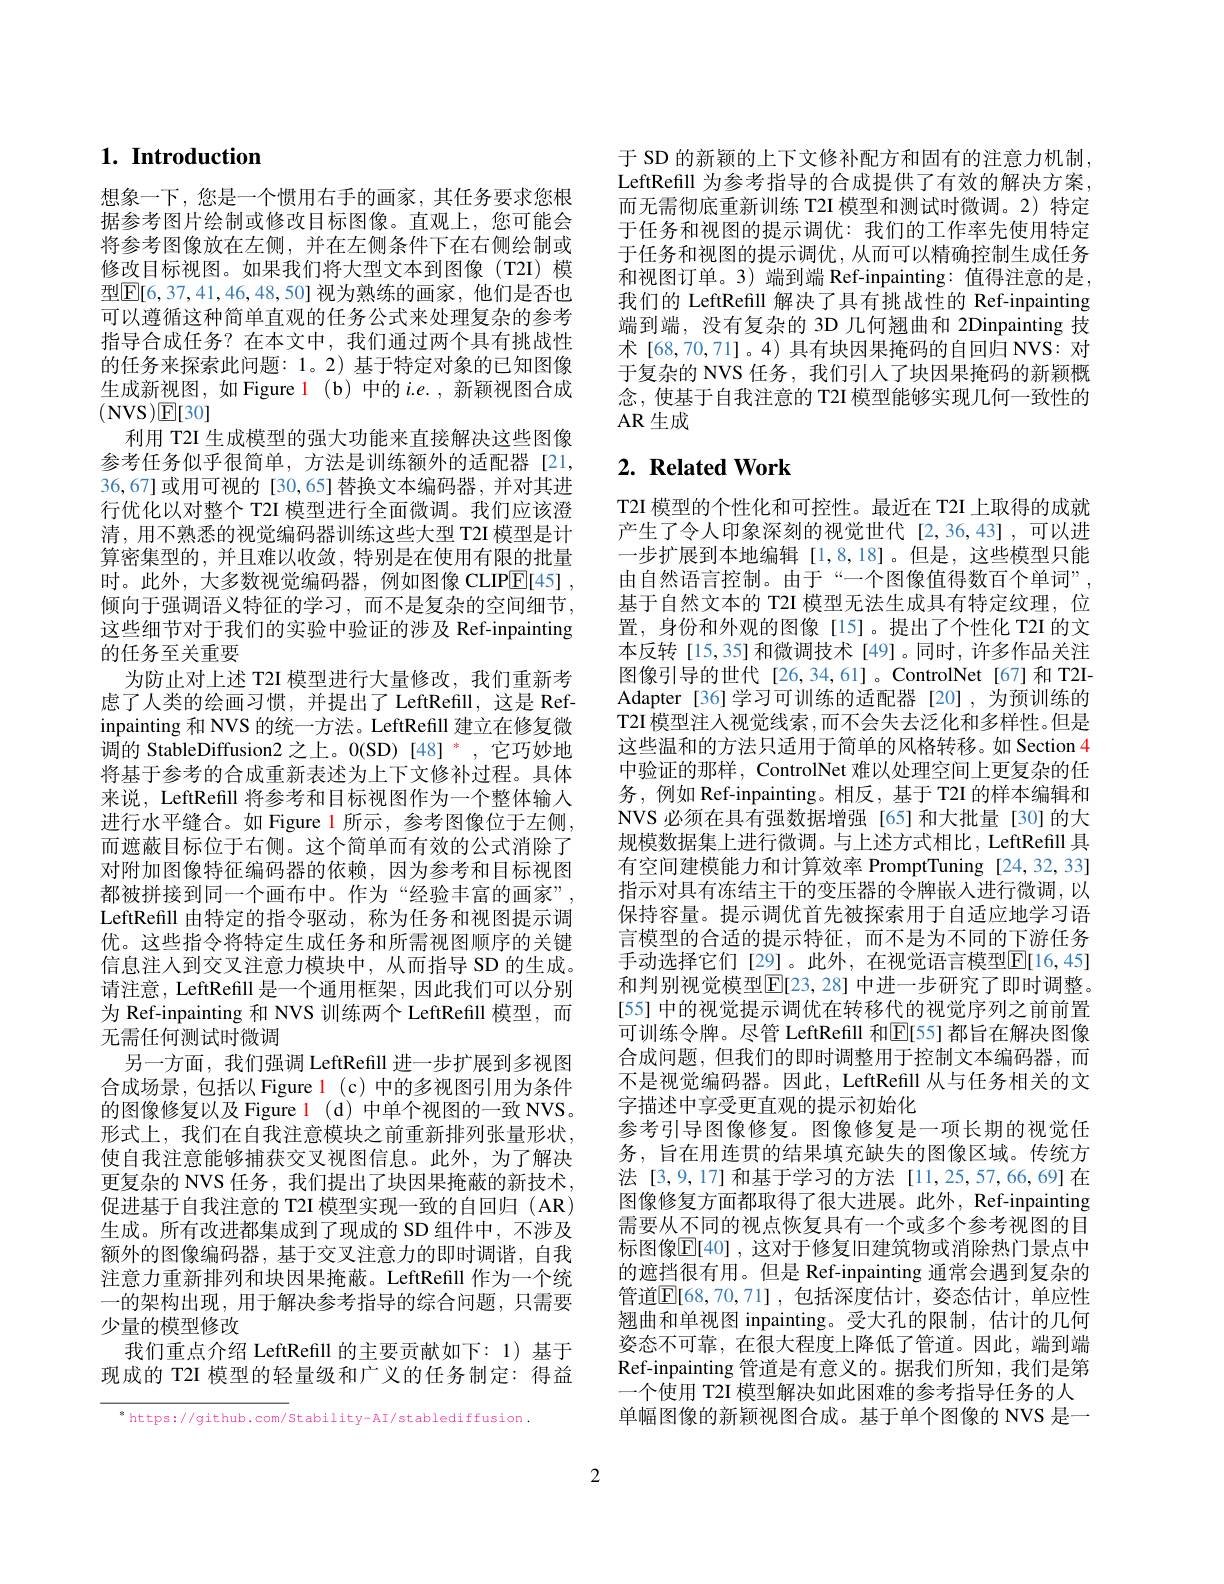
# $1. \textbf{ Introduction}$

想象一下，您是一个惯用右手的画家，其任务要求您根据参考图片绘制或修改目标图像。直观上，您可能会将参考图像放在左侧，并在左侧条件下在右侧绘制或修改目标视图。如果我们将大型文本到图像(T2I) 模型$\boxed{\mathbb{E}[6,37,41,46,48,50]}$视为熟练的画家，他们是否也可以遵循这种简单直观的任务公式来处理复杂的参考指导合成任务？在本文中，我们通过两个具有挑战性的任务来探索此问题：1。2) 基于特定对象的已知图像生成新视图，如 Figure 1 (b) 中的$i.e.$,新颖视图合成(NVS$)\mathbb{E}[30]$
利用 T2I 生成模型的强大功能来直接解决这些图像参考任务似乎很简单，方法是训练额外的适配器[21, 36,67]或用可视的[30,65]替换文本编码器，并对其进行优化以对整个 T2I 模型进行全面微调。我们应该澄清，用不熟悉的视觉编码器训练这些大型 T2I 模型是计算密集型的，并且难以收敛，特别是在使用有限的批量时。此外，大多数视觉编码器，例如图像 CLIPE[45] , 倾向于强调语义特征的学习，而不是复杂的空间细节， 这些细节对于我们的实验中验证的涉及 Ref-inpainting 的任务至关重要
为防止对上述 T2I 模型进行大量修改，我们重新考虑了人类的绘画习惯，并提出了 LeftRefill,这是 Refinpainting 和 NVS 的统一方法。LeftRefill 建立在修复微调的 StableDiffusion2 之上。0(SD)[48] *,它巧妙地将基于参考的合成重新表述为上下文修补过程。具体来说，LeftRefill 将参考和目标视图作为一个整体输人进行水平缝合。如 Figure 1 所示，参考图像位于左侧， 而遮蔽目标位于右侧。这个简单而有效的公式消除了对附加图像特征编码器的依赖，因为参考和目标视图都被拼接到同一个画布中。作为“经验丰富的画家”, LeftRefill 由特定的指令驱动，称为任务和视图提示调优。这些指令将特定生成任务和所需视图顺序的关键信息注人到交叉注意力模块中，从而指导 SD 的生成。请注意，LeftRefill 是一个通用框架，因此我们可以分别为 Ref-inpainting 和 NVS 训练两个 LeftRefill 模型，而无需任何测试时微调
另一方面，我们强调 LeftRefill 进一步扩展到多视图合成场景，包括以 Figure l (c) 中的多视图引用为条件的图像修复以及 Figure l (d) 中单个视图的一致 NVS。形式上，我们在自我注意模块之前重新排列张量形状， 使自我注意能够捕获交叉视图信息。此外，为了解决更复杂的 NVS 任务，我们提出了块因果掩蔽的新技术， 促进基于自我注意的 T2I 模型实现一致的自回归 (AR) 生成。所有改进都集成到了现成的 SD 组件中，不涉及额外的图像编码器，基于交叉注意力的即时调谐，自我注意力重新排列和块因果掩蔽。LeftRefill 作为一个统一的架构出现，用于解决参考指导的综合问题，只需要少量的模型修改
我们重点介绍 LeftRefill 的主要贡献如下：1)基于现成的 T2I 模型的轻量级和广义的任务制定：得益

$^{*}$ https://github.com/Stability-AI/stablediffusion.

于 SD 的新颖的上下文修补配方和固有的注意力机制， LeftRefill 为参考指导的合成提供了有效的解决方案， 而无需彻底重新训练 T2I 模型和测试时微调。2) 特定于任务和视图的提示调优：我们的工作率先使用特定于任务和视图的提示调优，从而可以精确控制生成任务和视图订单。3)端到端 Ref-inpainting:值得注意的是， 我们的 LeftRefill 解决了具有挑战性的 Ref-inpainting 端到端，没有复杂的 3D 几何翘曲和 2Dinpainting 技术[68,70,71]。4) 具有块因果掩码的自回归 NVS: 对于复杂的 NVS 任务，我们引人了块因果掩码的新颖概念，使基于自我注意的 T2I 模型能够实现几何一致性的AR 生成

# $2. \textbf{ Related Work}$

T2I 模型的个性化和可控性。最近在 T2I 上取得的成就产生了令人印象深刻的视觉世代[2,36,43],可以进一步扩展到本地编辑[1,8,18]。但是，这些模型只能由自然语言控制。由于“一个图像值得数百个单词”, 基于自然文本的 T2I 模型无法生成具有特定纹理，位置，身份和外观的图像[15]。提出了个性化 T2I 的文本反转[15,35]和微调技术[49]。同时，许多作品关注图像引导的世代[26,34,61]。ControlNet[67]和T2IAdapter[36]学习可训练的适配器[20],为预训练的T2I 模型注人视觉线索 ,而不会失去泛化和多样性。但是这些温和的方法只适用于简单的风格转移。如 Section 4中验证的那样，ControlNet 难以处理空间上更复杂的任务，例如 Ref-inpainting。相反，基于 T2I 的样本编辑和NVS 必须在具有强数据增强[65]和大批量[30]的大规模数据集上进行微调。与上述方式相比，LeftRefill 具有空间建模能力和计算效率 PromptTuning [24,32,33] 指示对具有冻结主干的变压器的令牌嵌入进行微调，以保持容量。提示调优首先被探索用于自适应地学习语言模型的合适的提示特征，而不是为不同的下游任务手动选择它们[29]。此外，在视觉语言模型$\overline{\mathbb{E}}[16,45]$ 和判别视觉模型$\mathbb{E}[23,28]$ 中进一步研究了即时调整。[55] 中的视觉提示调优在转移代的视觉序列之前前置可训练令牌。尽管 LeftRefill 和$\mathbb{E}[55]$ 都旨在解决图像合成问题，但我们的即时调整用于控制文本编码器，而不是视觉编码器。因此，LeftRefill 从与任务相关的文字描述中享受更直观的提示初始化
参考引导图像修复。图像修复是一项长期的视觉任务，旨在用连贯的结果填充缺失的图像区域。传统方法[3,9,17]和基于学习的方法[11,25,57,66,69]在图像修复方面都取得了很大进展。此外，Ref-inpainting 需要从不同的视点恢复具有一个或多个参考视图的目标图像$\mathbb{E}[40]$,这对于修复旧建筑物或消除热门景点中的遮挡很有用。但是 Ref-inpainting 通常会遇到复杂的管道$\mathbb{E}[68,70,71]$,包括深度估计，姿态估计，单应性翘曲和单视图 inpainting。受大孔的限制，估计的几何姿态不可靠，在很大程度上降低了管道。因此，端到端Ref-inpainting 管道是有意义的。据我们所知，我们是第一个使用 T2I 模型解决如此困难的参考指导任务的人单幅图像的新颖视图合成。基于单个图像的 NVS 是一

2